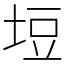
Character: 𭎞